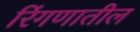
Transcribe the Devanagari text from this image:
रिंगणातील